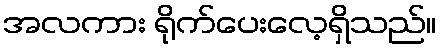
အလကား ရိုက်ပေးလေ့ရှိသည်။